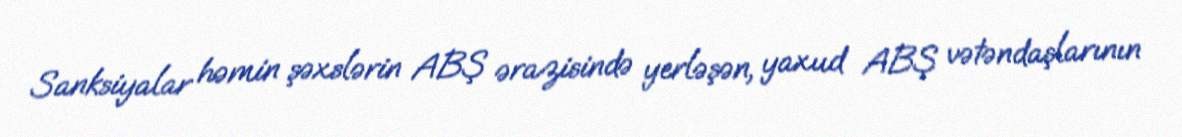
Sanksiyalar həmin şəxslərin ABŞ ərazisində yerləşən, yaxud ABŞ vətəndaşlarının